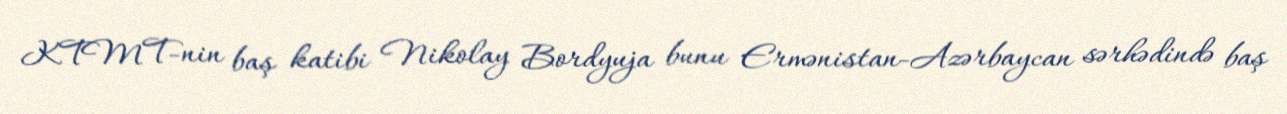
KTMT-nin baş katibi Nikolay Bordyuja bunu Ermənistan-Azərbaycan sərhədində baş